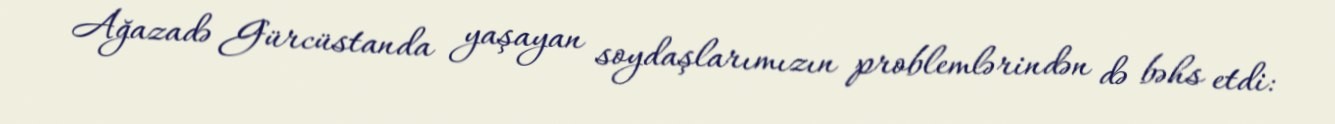
Ağazadə Gürcüstanda yaşayan soydaşlarımızın problemlərindən də bəhs etdi: